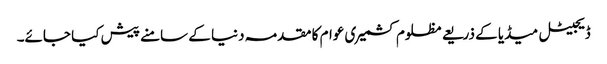
ڈیجیٹل میڈیا کے ذریعے مظلوم کشمیری عوام کا مقدمہ دنیا کے سامنے پیش کیا جائے۔